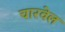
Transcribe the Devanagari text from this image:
चारवेल